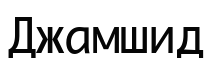
Джамшид